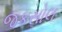
જકસોલ